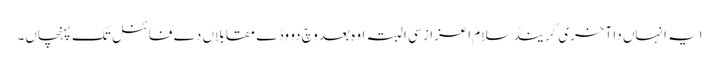
ایہ انہاں دا آخری گرینڈ سلام اعزاز سی البتہ اوہ بعد وچ دو وڈے مقابلاں دے فائنل تک پہنچاں۔